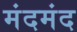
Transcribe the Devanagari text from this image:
मंदमंद